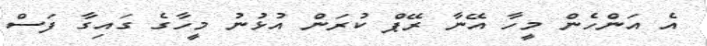
އެ އަންހެން މީހާ އޭނާ ރޭޕް ކުރަން އުޅުނު މީހާގެ ގައިގާ ފަސް